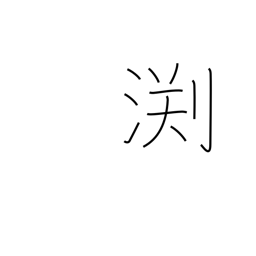
Meaning: edge